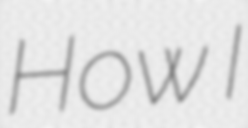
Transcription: How I